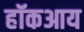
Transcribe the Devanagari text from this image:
हॉकआय